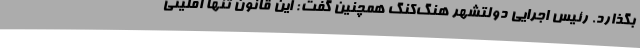
بگذارد. رئیس اجرایی دولتشهر هنگ‌کنگ همچنین گفت: این قانون تنها اقلیتی